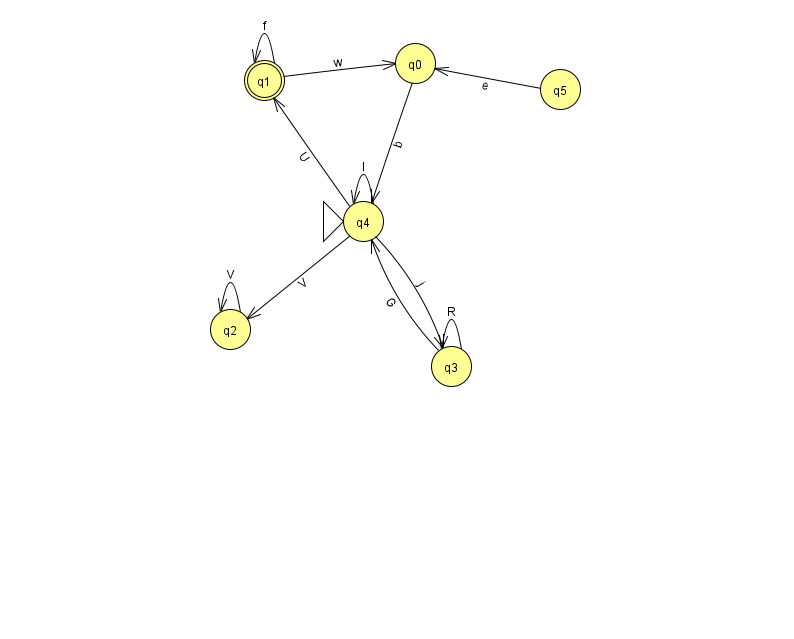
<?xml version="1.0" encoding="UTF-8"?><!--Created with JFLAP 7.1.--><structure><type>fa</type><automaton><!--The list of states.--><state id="0" name="q0"><x>415.0</x><y>50.0</y></state><state id="1" name="q1"><x>264.0</x><y>67.0</y><final/></state><state id="2" name="q2"><x>230.0</x><y>316.0</y></state><state id="3" name="q3"><x>451.0</x><y>353.0</y></state><state id="4" name="q4"><x>363.0</x><y>208.0</y><initial/></state><state id="5" name="q5"><x>560.0</x><y>76.0</y></state><!--The list of transitions.--><transition><from>3</from><to>4</to><read>G</read></transition><transition><from>0</from><to>4</to><read>b</read></transition><transition><from>3</from><to>3</to><read>R</read></transition><transition><from>1</from><to>1</to><read>f</read></transition><transition><from>2</from><to>2</to><read>V</read></transition><transition><from>4</from><to>2</to><read>V</read></transition><transition><from>4</from><to>4</to><read>I</read></transition><transition><from>5</from><to>0</to><read>e</read></transition><transition><from>4</from><to>3</to><read>j</read></transition><transition><from>1</from><to>0</to><read>w</read></transition><transition><from>4</from><to>1</to><read>U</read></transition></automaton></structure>